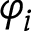
\varphi _ { i }